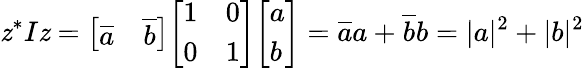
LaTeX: \mathit{z}^{*}I\mathit{z}={\left[\begin{array}{ll}{{\overline{{a}}}}&{{\overline{{b}}}}\end{array}\right]}{\left[\begin{array}{ll}{1}&{0}\\ {0}&{1}\end{array}\right]}{\left[\begin{array}{l}{a}\\ {b}\end{array}\right]}={\overline{{{a}}}}a+{\overline{{{b}}}}b=|a|^{2}+|b|^{2}